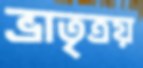
ভ্রাতৃত্রয়